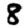
Digit: 8